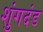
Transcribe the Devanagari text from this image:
शुंगदंड